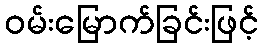
ဝမ်းမြောက်ခြင်းဖြင့်